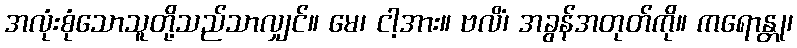
အလုံးစုံသောသူတို့သည်သာလျှင်။ မေ၊ ငါ့အား။ ဗလိံ၊ အခွန်အတုတ်ကို။ ကရောန္တု၊